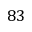
8 3